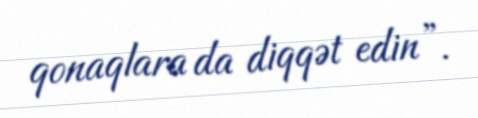
qonaqlara da diqqət edin”.